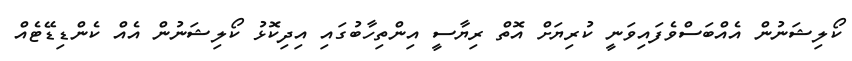
ކޯލިޝަނުން އެއްބަސްވެފައިވަނީ ކުރިޔަށް އޮތް ރިޔާސީ އިންތިހާބުގައި އިދިކޮޅު ކޯލިޝަނުން އެއް ކެންޑިޑޭޓެއް